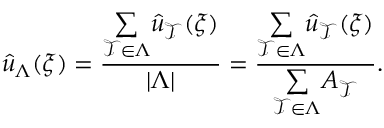
\hat { u } _ { \Lambda } ( \boldsymbol { \xi } ) = \frac { \underset { \mathcal { T } \in \Lambda } { \sum } \hat { u } _ { \mathcal { T } } ( \boldsymbol { \xi } ) } { | \Lambda | } = \frac { \underset { \mathcal { T } \in \Lambda } { \sum } \hat { u } _ { \mathcal { T } } ( \boldsymbol { \xi } ) } { \underset { \mathcal { T } \in \Lambda } { \sum } A _ { \mathcal { T } } } .